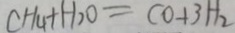
C H _ { 4 } + H _ { 2 } O = C O + 3 H _ { 2 }